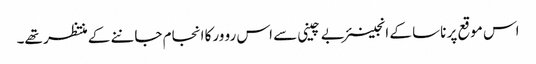
اس موقع پر ناسا کے انجینئر بے چینی سے اس رو ورکا انجام جاننے کے منتظر تھے۔